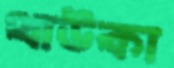
থাউকা